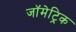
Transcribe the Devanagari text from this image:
जॉमेट्रिक